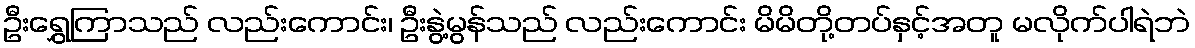
ဦးရွှေကြာသည် လည်းကောင်း၊ ဦးနွဲ့မွန်သည် လည်းကောင်း မိမိတို့တပ်နှင့်အတူ မလိုက်ပါရဲဘဲ